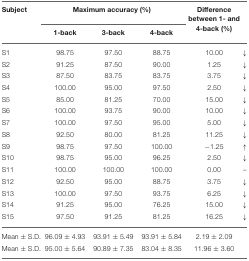
| Subject | <COLSPAN=3> Maximum accuracy (%) | Difference between 1- and 4-back (%) |  |
 |  | 1-back | 3-back | 4-back |  |  |
 | --- | --- | --- | --- | --- | --- |
 | S1 | 98.75 | 97.50 | 88.75 | 10.00 | ↓ |
 | S2 | 91.25 | 87.50 | 90.00 | 1.25 | ↓ |
 | S3 | 87.50 | 83.75 | 83.75 | 3.75 | ↓ |
 | S4 | 100.00 | 95.00 | 97.50 | 2.50 | ↓ |
 | S5 | 85.00 | 81.25 | 70.00 | 15.00 | ↓ |
 | S6 | 100.00 | 93.75 | 90.00 | 10.00 | ↓ |
 | S7 | 100.00 | 97.50 | 95.00 | 5.00 | ↓ |
 | S8 | 92.50 | 80.00 | 81.25 | 11.25 | ↓ |
 | S9 | 98.75 | 97.50 | 100.00 | −1.25 | ↑ |
 | S10 | 98.75 | 95.00 | 96.25 | 2.50 | ↓ |
 | S11 | 100.00 | 100.00 | 100.00 | 0.00 | – |
 | S12 | 92.50 | 95.00 | 88.75 | 3.75 | ↓ |
 | S13 | 100.00 | 97.50 | 93.75 | 6.25 | ↓ |
 | S14 | 91.25 | 95.00 | 76.25 | 15.00 | ↓ |
 | S15 | 97.50 | 91.25 | 81.25 | 16.25 | ↓ |
 | Mean ± S.D. | 96.09 ± 4.93 | 93.91 ± 5.49 | 93.91 ± 5.84 | 2.19 ± 2.09 |  |
 | Mean ± S.D. | 95.00 ± 5.64 | 90.89 ± 7.35 | 83.04 ± 8.35 | 11.96 ± 3.60 |  |